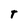
Character: T